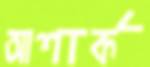
আশার্ক